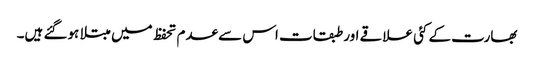
بھارت کے کئی علاقے اور طبقات اس سے عدم تحفظ میں مبتلا ہوگئے ہیں۔